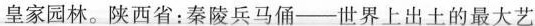
皇家园林。陕西省：秦陵兵马俑--世界上出土的最大艺